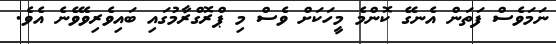
ނަމަވެސް ފަތަން އެނގޭ ކޮންމެ މީހަކަށް ވެސް މި ޕްރޮގްރާމުގައި ބައިވެރިވެވޭނެ އެވެ.